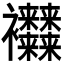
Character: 𧟜